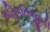
મહિપતિજીની